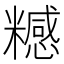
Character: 𥽇